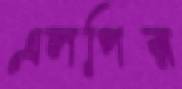
এলপির